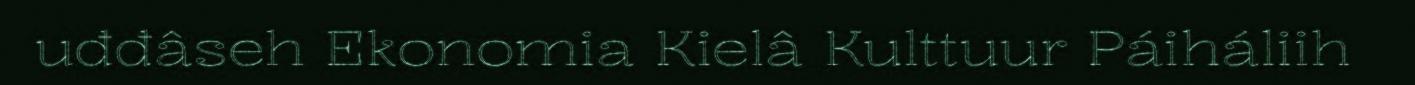
uđđâseh Ekonomia Kielâ Kulttuur Páiháliih